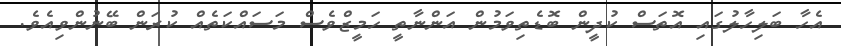
އެހާ ބަލިހާލުގައި އޮތަސް ކުދީން ބޮޑެތިވަމުން އަންނާތީ ހަމީޒްވެސް މަސައްކަތެއް ކުރަން ބޭނުންވިއެވެ.